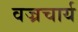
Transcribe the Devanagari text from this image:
वज्रचार्य